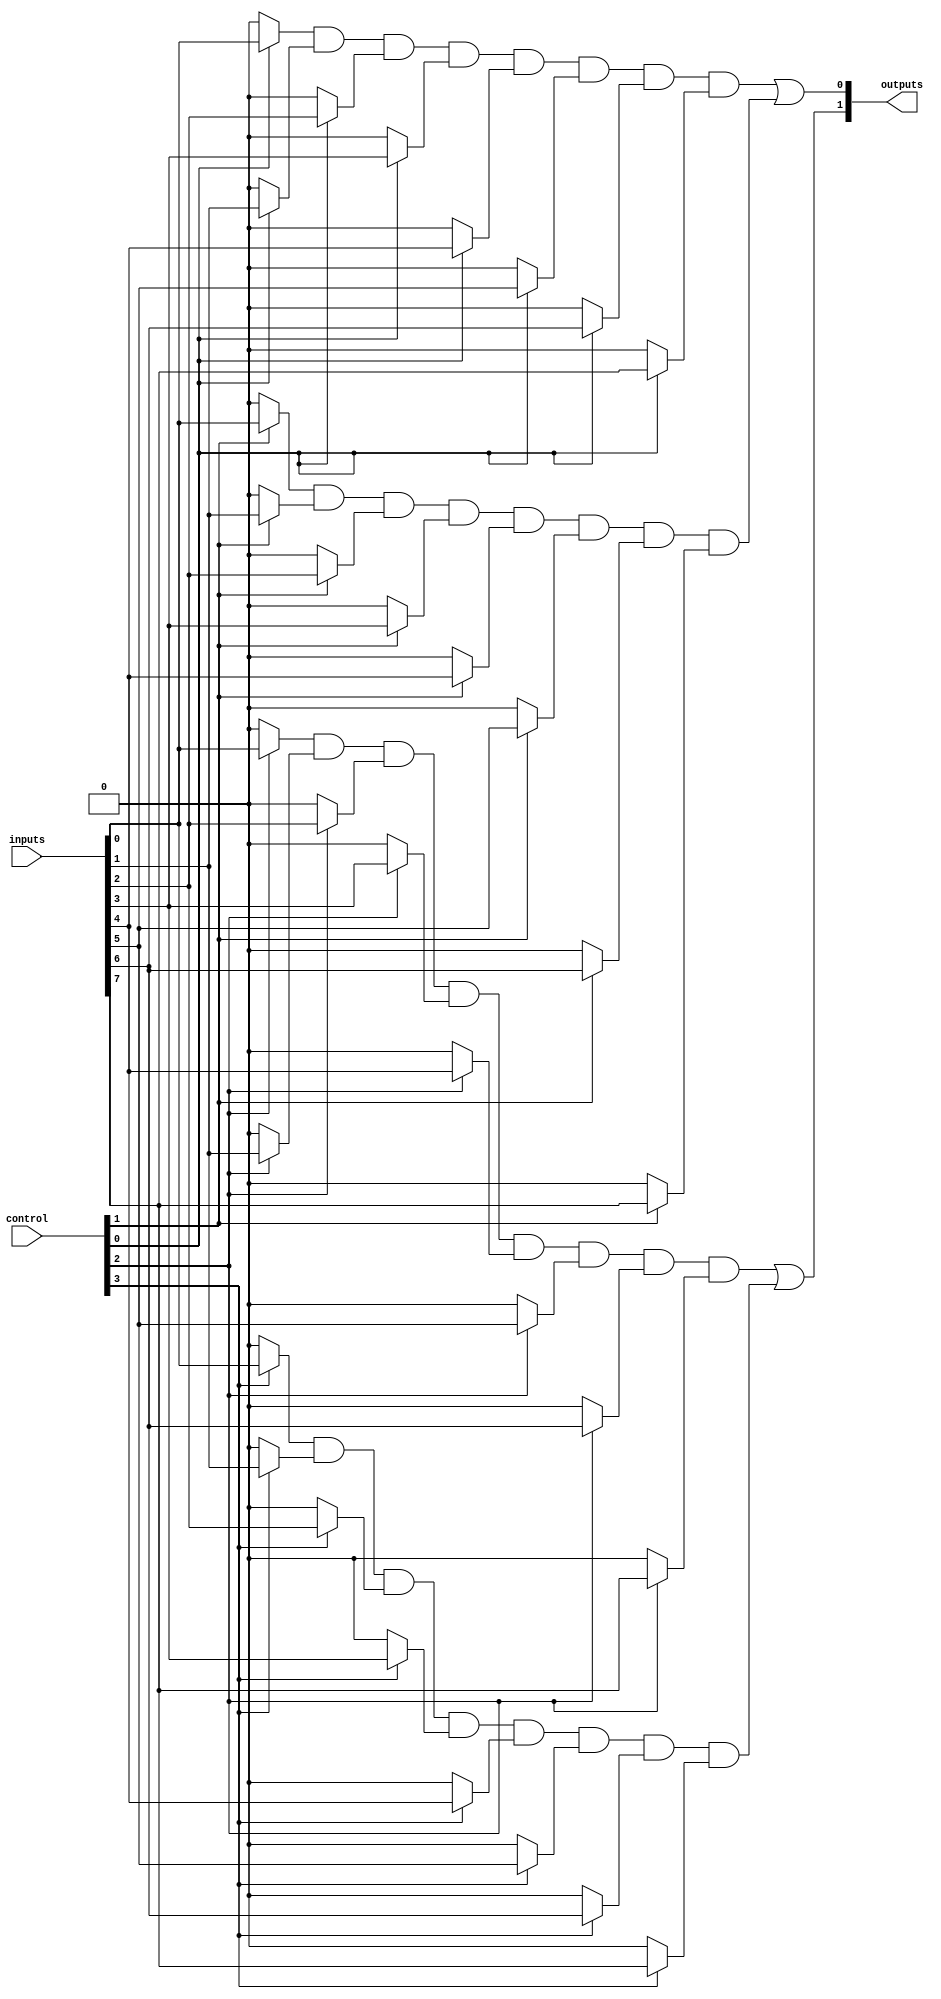
module MaskedPAL (
    input wire [N-1:0] inputs,     // N inputs
    input wire [M-1:0] control,     // Control signals for masking
    output wire [P-1:0] outputs      // P outputs
);
    parameter N = 8; // Number of inputs
    parameter M = 4; // Number of AND gates
    parameter P = 2; // Number of outputs

    // Wire declarations for the outputs of AND gates
    wire [M-1:0] and_outputs;

    // Programmable AND Array Logic
    genvar i;
    generate
        for (i = 0; i < M; i = i + 1) begin : and_gate
            assign and_outputs[i] = (control[i] ? inputs[0] : 1'b0) &
                                     (control[i] ? inputs[1] : 1'b0) &
                                     (control[i] ? inputs[2] : 1'b0) &
                                     (control[i] ? inputs[3] : 1'b0) &
                                     (control[i] ? inputs[4] : 1'b0) &
                                     (control[i] ? inputs[5] : 1'b0) &
                                     (control[i] ? inputs[6] : 1'b0) &
                                     (control[i] ? inputs[7] : 1'b0);
        end
    endgenerate

    // Fixed OR Array Logic
    assign outputs[0] = and_outputs[0] | and_outputs[1]; // Example OR connections
    assign outputs[1] = and_outputs[2] | and_outputs[3]; // Example OR connections

endmodule